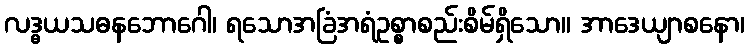
လဒ္ဓယသဓနဘောဂေါ၊ ရသောအခြံအရံဥစ္စာစည်းစိမ်ရှိသော။ အာဒေယျာစနော၊